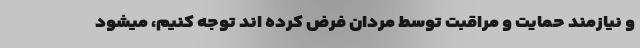
و نیازمند حمایت و مراقبت توسط مردان فرض کرده اند توجه کنیم، میشود